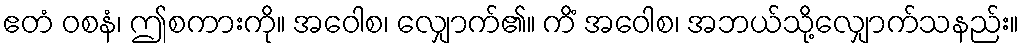
ဧတံ ဝစနံ၊ ဤစကားကို။ အဝေါစ၊ လျှောက်၏။ ကိံ အဝေါစ၊ အဘယ်သို့လျှောက်သနည်း။